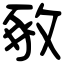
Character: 𢽴